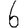
Digit: 6